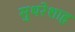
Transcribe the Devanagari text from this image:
सुथरेशाह